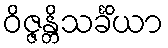
ဝိဇ္ဇန္တိသင်္ခိယာ